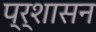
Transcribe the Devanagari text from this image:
प्र्शासन